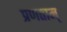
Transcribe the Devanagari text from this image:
प्रणताम्